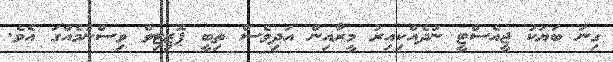
ގިނަ ބަޔަކު ޖީއެސްޓީ ނުދެއްކިއިރު މީރާއިން އަދިވެސް ތިބީ ޕޮޒިޓިވް ވިސްނުމެއްގަ އެވެ.